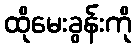
ထိုမေးခွန်းကို